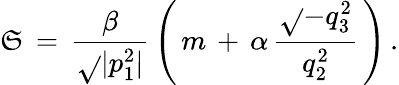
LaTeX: \mathfrak{S}\, =\, \frac{{\beta}}{{\sqrt{}{{|p_{1}^{2}|}}}}\, \left(\, m\, +\, \alpha\, \frac{{\sqrt{}{{-q_{3}^{2}}}}}{{q_{2}^{2}}}\, \right)\, {.}